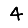
Digit: 4